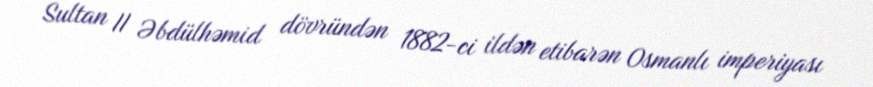
Sultan II Əbdülhəmid dövründən 1882-ci ildən etibarən Osmanlı imperiyası